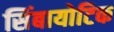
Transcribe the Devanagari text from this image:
सिंबायोटिक